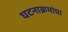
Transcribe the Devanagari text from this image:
घटनाक्रमांचा